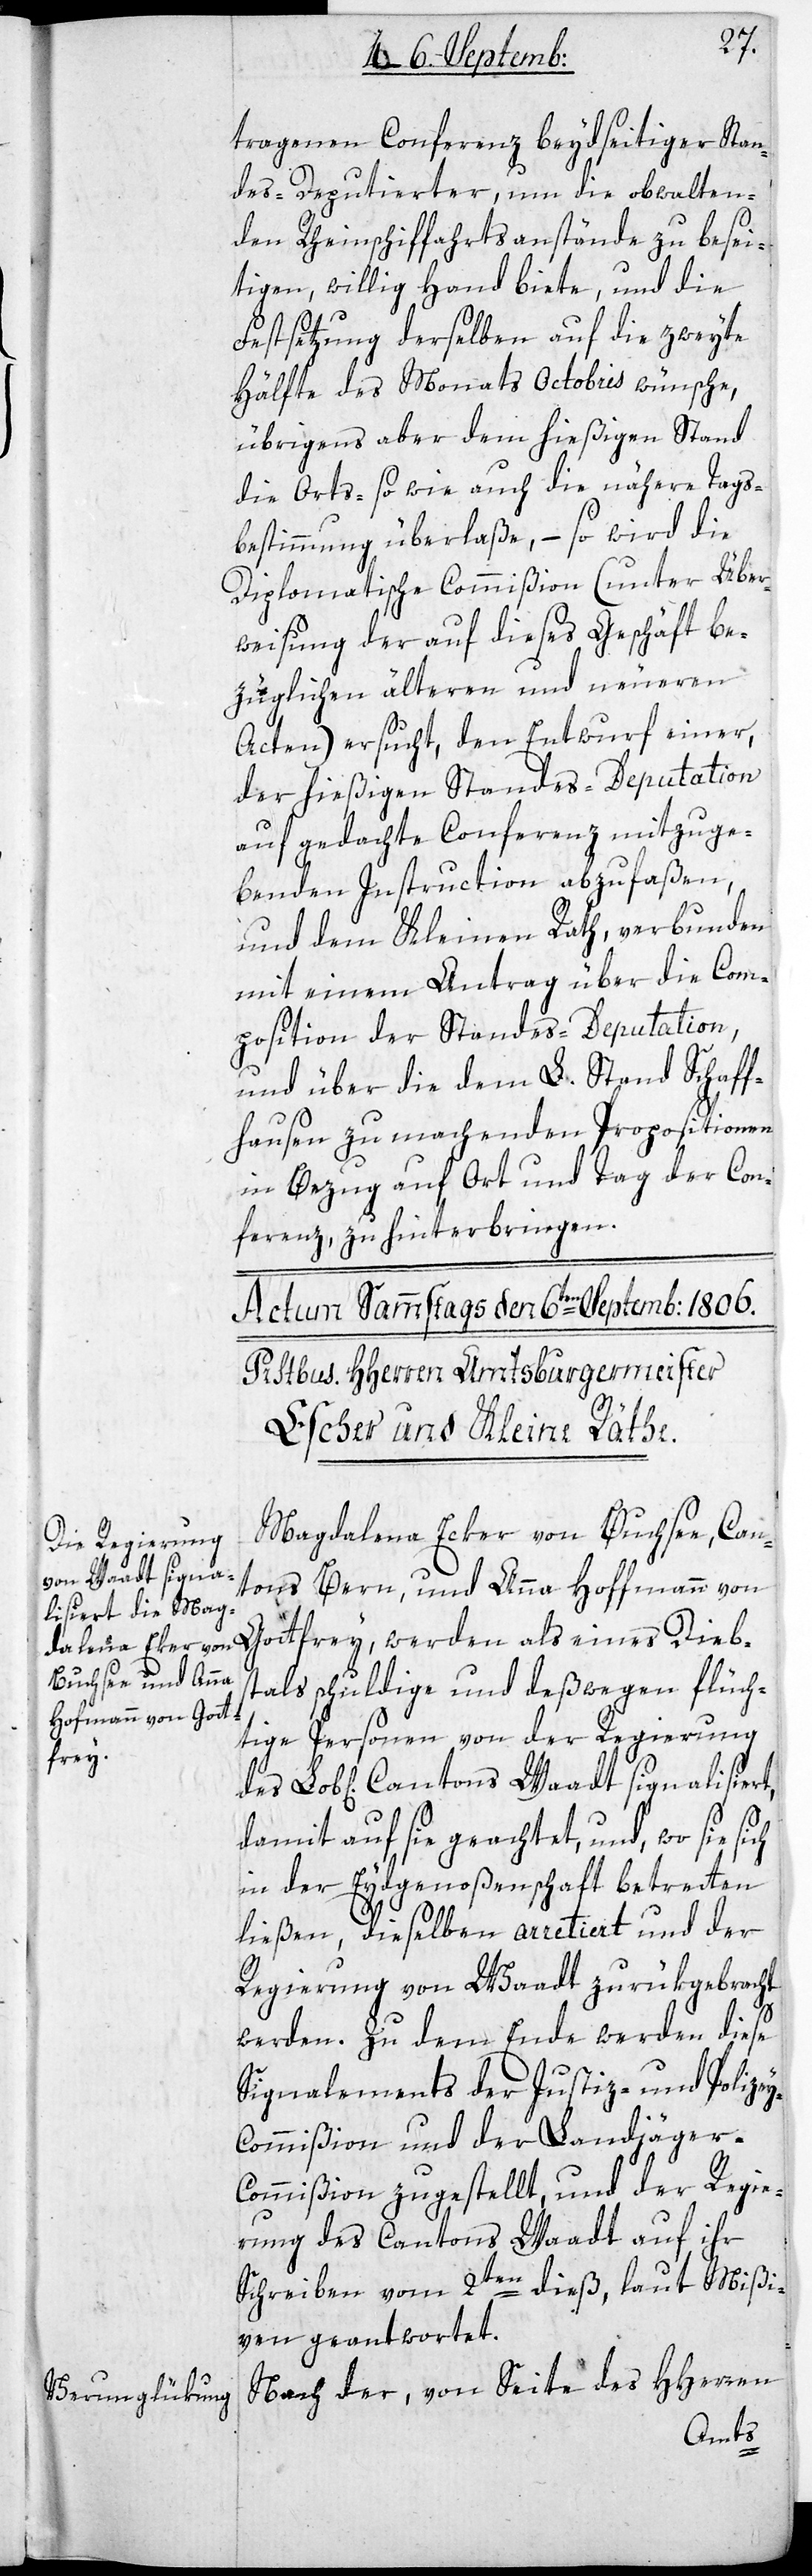
y-C¬
tragenen Conferenz beydseitiger Stan¬
des-Deputierter, um die obwalten¬
den Rheinschiffahrtsanstände zu besei¬
tigen, willig Hand biete, und die
Festsetzung derselben auf die zweite
Hälfte des Monats Octobris wünsche,
übrigens aber dem hießigen Stand
die Orts- sowie auch die nähere Tags¬
bestimmung überlaße, – so wird die
Diplomatische Commißion (unter Über¬
weisung der auf dieses Geschäft be¬
züglichen älteren und neueren
Acten) ersucht, den Entwurf einer,
der hießigen Standes-Deputation
auf gedachte Conferenz mitzuge¬
benden Instruction abzufaßen,
und den Kleinen Rath, verbunden
mit einem Antrag über die Com¬
position der Standes-Deputation,
und über die dem L. Stand Schaff¬
hausen zu machenden Propositionen
in Bezug auf Ort und Tag der Con¬
ferenz, zu hinterbringen.
Magdalena Ecker von Buchsee, Can¬
tons Bern, und Anna Hoffmann von
Gottfrey, werden als eines Dieb¬
stahls schuldige und deßwegen flüch¬
tige Personen von der Regierung
des Lobl. Cantons Waadt signalisiert,
damit auf sie geachtet, und wo sie sich
in der Eydgenoßenschaft betretten
ließen, dieselben arretiert und der
Regierung von Waadt zurükgebracht
werden. Zu dem Ende werden diese
Signalements der Justiz- und Polize¬
ommißion und der Landjäger-C¬
ommißion zugestellt, und der Regie¬
rung des Cantons Waadt auf ihr
Schreiben vom 2ten dieß, laut Mißi¬
ven geantwortet.
Nach der, von Seite des HHerren